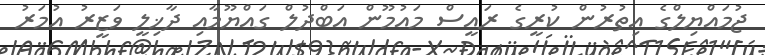
ޖުމައްޔިލްގެ އިތުރުން ކުރީގެ ރައީސް މައުމޫން އަބްދުލް ގައްޔޫމާއި ދާޚިލީ ވަޒީރު އުމަރު